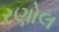
રણોલ